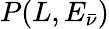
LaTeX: P(L,E_{\bar{\nu}})